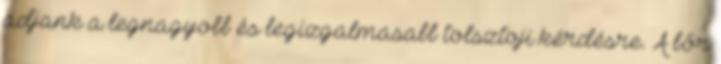
adjank a legnagyobb és legizgalmasabb tolsztoji kérdésre. A bőr